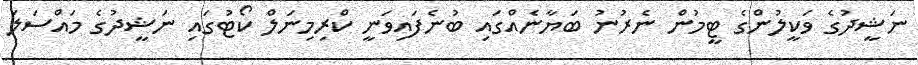
ނަޝީދުގެ ވަކީލުންގެ ޓީމުން ނެރުނު ބަޔާނެއްގައި ބުނެފައިވަނީ ކްރިމިނަލް ކޯޓުގައި ނަޝީދުގެ މައްސަލަ